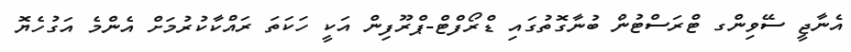
އެނާޖީ ސޭވިންގ ޓްރަސްޓުން ބުނާގޮތުގައި ޑްރޯފްޓް-ޕްރޫފިން އަކީ ހަކަތަ ރައްކާކުރުމަށް އެންމެ އަގުހެޔޮ